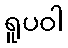
ရူပဝါ